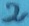
Text: 2